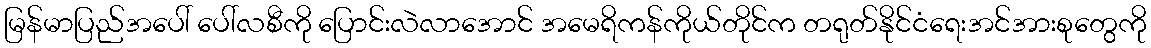
မြန်မာပြည်အပေါ် ပေါ်လစီကို ပြောင်းလဲလာအောင် အမေရိကန်ကိုယ်တိုင်က တရုတ်နိုင်ငံရေးအင်အားစုတွေကို